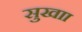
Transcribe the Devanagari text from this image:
सुखाा